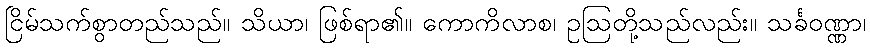
ငြိမ်သက်စွာတည်သည်။ သိယာ၊ ဖြစ်ရာ၏။ ကောကိလာစ၊ ဥဩတို့သည်လည်း။ သင်္ခဝဏ္ဏာ၊